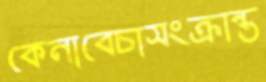
কেনাবেচাসংক্রান্ত